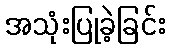
အသုံးပြုခဲ့ခြင်း